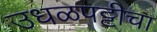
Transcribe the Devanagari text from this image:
उधळपट्टीचा